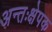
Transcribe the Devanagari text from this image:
अन्तःक्षेपक